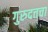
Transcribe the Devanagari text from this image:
गुरुदत्तचा